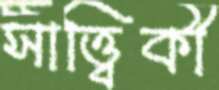
সাত্ত্বিকী